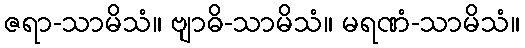
ဇရာ-သာမိသံ။ ဗျာဓိ-သာမိသံ။ မရဏံ-သာမိသံ။